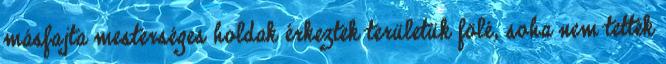
másfajta mesterséges holdak érkeztek területük fölé, soha nem tették